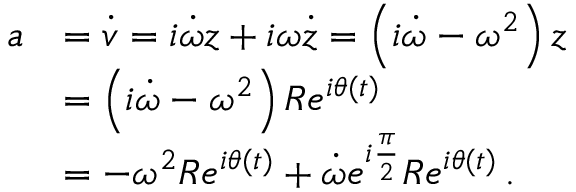
{ \begin{array} { r l } { a } & { = { \dot { v } } = i { \dot { \omega } } z + i \omega { \dot { z } } = \left( i { \dot { \omega } } - \omega ^ { 2 } \right) z } \\ & { = \left( i { \dot { \omega } } - \omega ^ { 2 } \right) R e ^ { i \theta ( t ) } } \\ & { = - \omega ^ { 2 } R e ^ { i \theta ( t ) } + { \dot { \omega } } e ^ { i { \frac { \pi } { 2 } } } R e ^ { i \theta ( t ) } \, . } \end{array} }